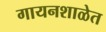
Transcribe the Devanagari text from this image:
गायनशाळेत